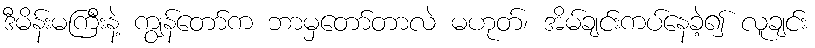
ဒီမိန်းမကြီးနဲ့ ကျွန်တော်က ဘာမှတော်တာလဲ မဟုတ်၊ အိမ်ချင်းကပ်နေခဲ့၍ လူချင်း